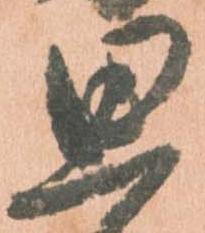
思